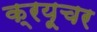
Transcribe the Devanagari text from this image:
क्रयूचर